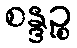
စန္ဒဉ္စ